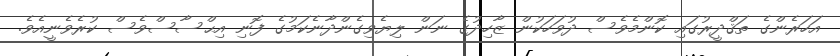
އަހަރެންގެ ތަޤްދީރުގައި ކޮންމެވެސް ދުވަހަކުން ޒާހިދުގެ ނަން ލިޔެވިގެންދާނެކަމުގެ ފޮނި އިޙްސާސްވެސް ކުރެވެނީއެވެ.